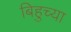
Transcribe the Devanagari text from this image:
बिहुच्या